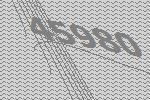
45980